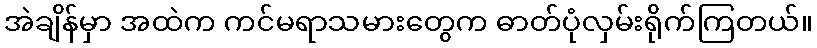
အဲချိန်မှာ အထဲက ကင်မရာသမားတွေက ဓာတ်ပုံလှမ်းရိုက်ကြတယ်။